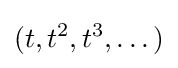
(t,t^{2},t^{3},\dots )